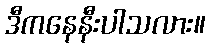
ဒီကနေနီးပါသလား။